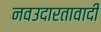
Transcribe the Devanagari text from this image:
नवउदारतावादी